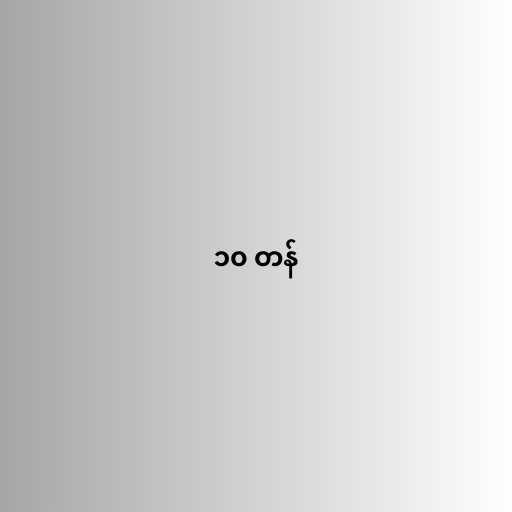
၁၀ တန်